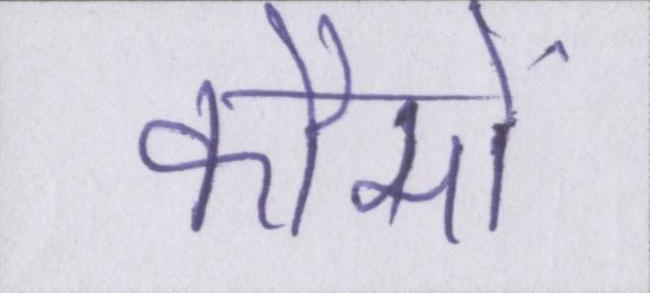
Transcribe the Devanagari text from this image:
कौमों